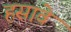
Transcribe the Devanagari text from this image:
हसावे